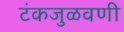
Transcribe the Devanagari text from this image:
टंकजुळवणी